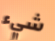
شيء